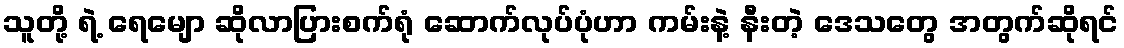
သူတို့ ရဲ့ ရေမျော ဆိုလာပြားစက်ရုံ ဆောက်လုပ်ပုံဟာ ကမ်းနဲ့ နီးတဲ့ ဒေသတွေ အတွက်ဆိုရင်